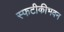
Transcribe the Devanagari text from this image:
स्फटीकीभवन